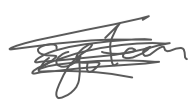
Text: system
Cross-out: scratch
Writing tool: digital_gray